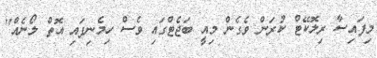
މިފައިސާ ރިލޮކޭޓް ކުރަން ވެގެން މިއީ ބަޖެޓްގައި ވެސް ހިމެނިފައި އޮތް ލޯނެއް"